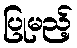
ပြုမည့်